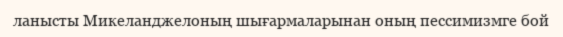
ланысты Микеланджелоның шығармаларынан оның пессимизмге бой